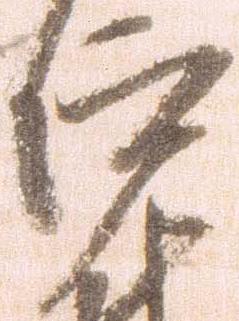
仰